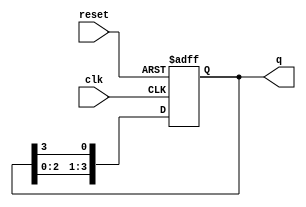
module ring_counter #(parameter N = 4) (
    input wire clk,        // Clock signal
    input wire reset,      // Asynchronous reset
    output reg [N-1:0] q   // Output of the ring counter
);

// Initial state of the ring counter
initial begin
    q = 1'b1; // Start with the first flip-flop set to '1'
end

// Always block to handle the clock edge and reset
always @(posedge clk or posedge reset) begin
    if (reset) begin
        q <= 1'b1; // Reset state: set the first flip-flop to '1'
    end else begin
        // Shift the '1' through the flip-flops
        q <= {q[N-2:0], q[N-1]}; // Shift right, with feedback from the last flip-flop
    end
end

endmodule